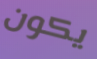
يكون